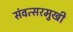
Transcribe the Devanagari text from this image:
संवत्सरमुखी